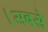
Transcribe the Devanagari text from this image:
।सबसे